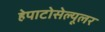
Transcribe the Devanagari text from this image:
हेपाटोसेल्यूलर